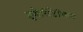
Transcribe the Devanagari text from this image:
इगेलिटेरियन